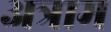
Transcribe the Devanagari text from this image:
अत्राम